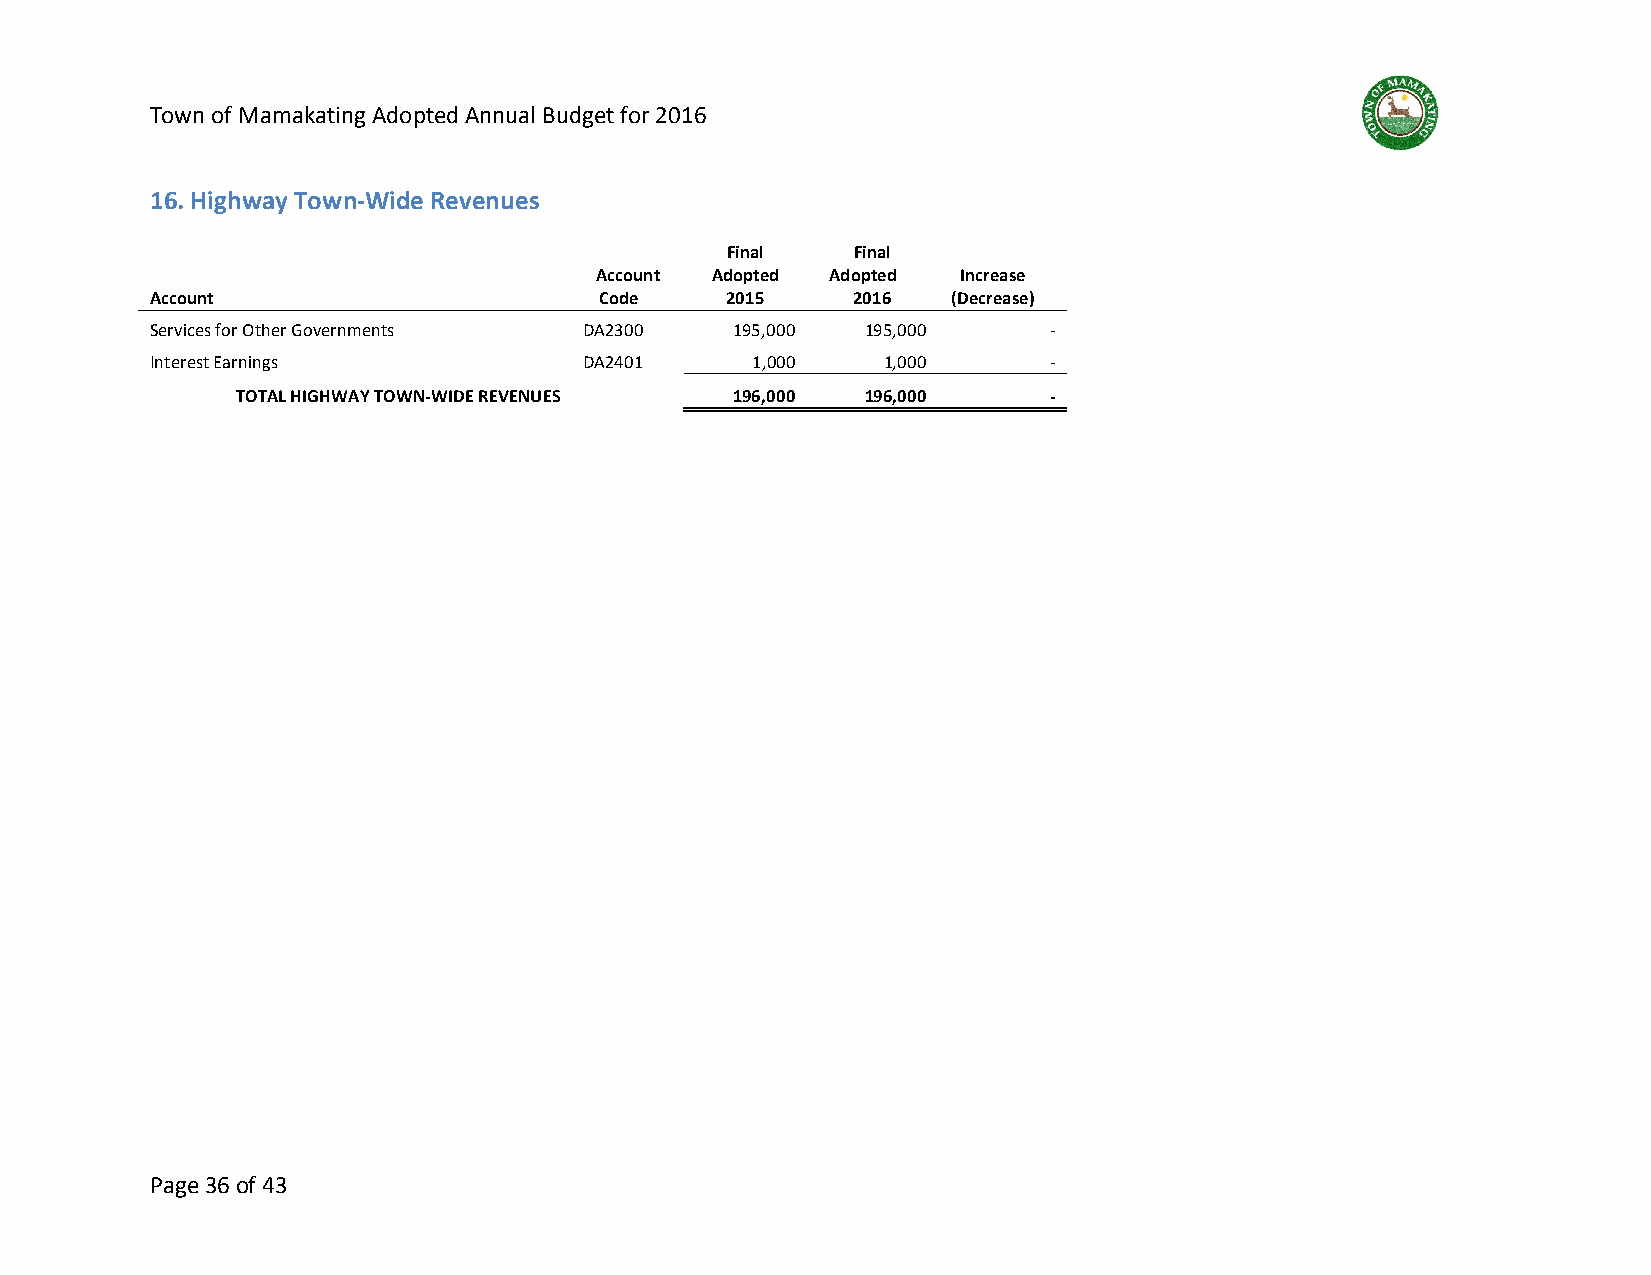
Town of Mamakating Adopted Annual Budget for 2016
 16. Highway Town-Wide Revenues
 Final   Final
 Account Adopted Adopted  Increase
 Account                       Code    2015    2016   (Decrease)
 Services for Other Governments DA2300  195,000 195,000     -
 Interest Earnings            DA2401     1,000   1,000      -
 TOTAL HIGHWAY TOWN-WIDE REVENUES 196,000 196,000     -
 Page 36 of 43